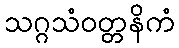
သဂ္ဂသံဝတ္တနိကံ